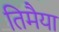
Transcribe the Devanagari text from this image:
तिमैया